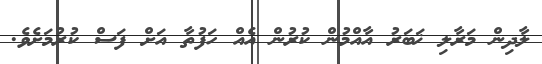
ލާދިން މަރާލި ޚަބަރު އާއްމުން ކުރުން އެއް ހަފުތާ އަށް ފަސް ކުރުމަށެވެ.